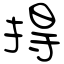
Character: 㧹